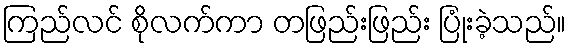
ကြည်လင် စိုလက်ကာ တဖြည်းဖြည်း ပြုံးခဲ့သည်။